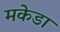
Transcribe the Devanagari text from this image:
मकेडा